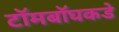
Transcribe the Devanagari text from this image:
टॉमबॉघकडे